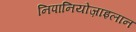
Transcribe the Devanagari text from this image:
निपानियोज़ाइलान